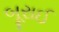
બૂરાઈ